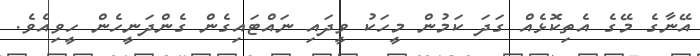
އޭނާގެ މޭގެ އެތިކޮޅެއް ގަދަ ކަމުން މީހަކު ވީދައި ނައްޓައިގެން ގެންދަނީހެން ހީވިއެވެ.